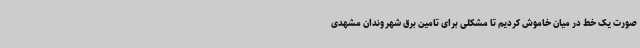
صورت یک خط در میان خاموش کردیم تا مشکلی برای تامین برق شهروندان مشهدی